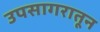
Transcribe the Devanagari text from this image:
उपसागरातून